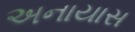
અનાયાસ